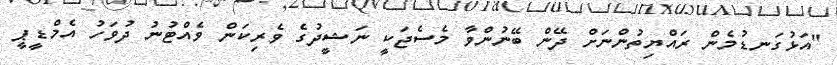
"އަޅުގަނޑުމެން ރައްޔިތުންނަށް ދޭން ބޭނުންވާ މެސެޖަކީ ނަޝީދުގެ ވެރިކަން ވެއްޓުނު ދުވަހު އެމްޑީޕީ